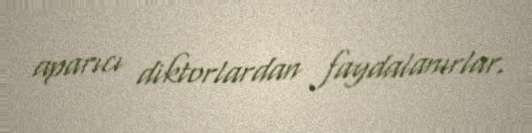
aparıcı diktorlardan faydalanırlar.